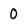
Character: 0